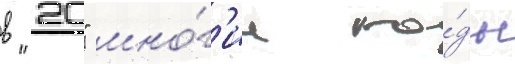
в "20" мно́г'ие го́ды